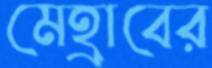
মেহ্রাবের